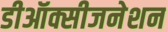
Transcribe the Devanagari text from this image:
डीऑक्सीजनेशन